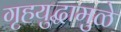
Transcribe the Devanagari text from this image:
गृहयुद्धामुळे